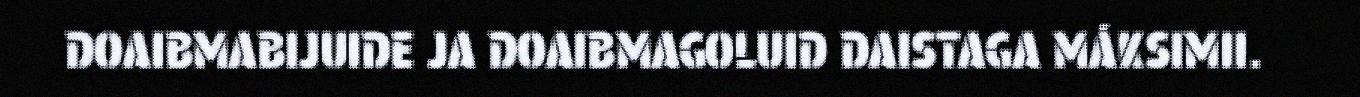
DOAIBMABIJUIDE JA DOAIBMAGOLUID DAISTAGA MÁKSIMII.